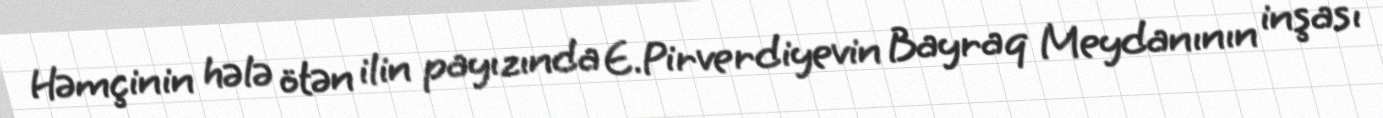
Həmçinin hələ ötən ilin payızında E.Pirverdiyevin Bayraq Meydanının inşası